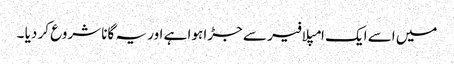
میں اسے ایک امپلافیر سے جڑا ہوا ہے اور یہ گانا شروع کر دیا ۔